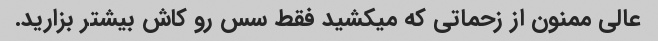
عالی ممنون از زحماتی که میکشید فقط سس رو کاش بیشتر بزارید.